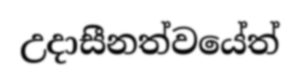
උදාසීනත්වයේත්